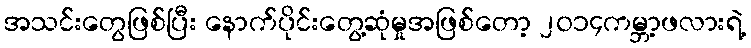
အသင်းတွေဖြစ်ပြီး နောက်ပိုင်းတွေ့ဆုံမှုအဖြစ်တော့ ၂၀၁၄ကမ္ဘာ့ဖလားရဲ့